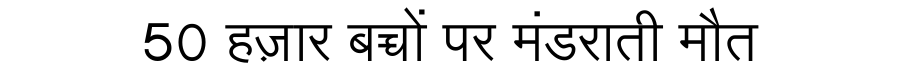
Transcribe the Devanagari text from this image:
50 हज़ार बच्चों पर मंडराती मौत